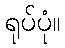
ရုပ်ပုံ။